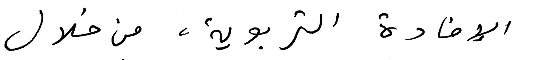
الإفادة التربوية، من خلال